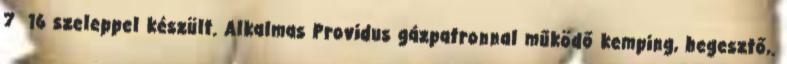
​7 16 szeleppel készült. Alkalmas Providus gázpatronnal működő kemping, hegesztő,.